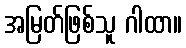
အမြတ်ဖြစ်သူ ဂါထာ။